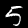
Label: 5